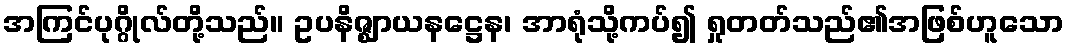
အကြင်ပုဂ္ဂိုလ်တို့သည်။ ဥပနိဇ္ဈာယနဋ္ဌေန၊ အာရုံသို့ကပ်၍ ရှုတတ်သည်၏အဖြစ်ဟူသော